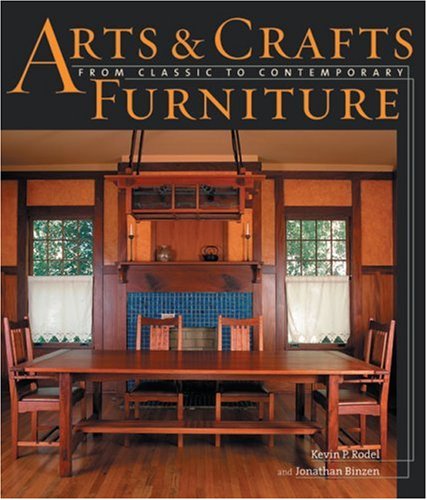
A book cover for Arts & Crafts Furniture: From Classic to Contemporary; Kevin Rodel; Crafts, Hobbies & Home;